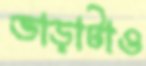
ভাড়াটাও